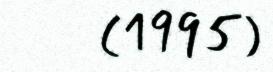
(1995)